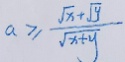
a \geq \frac { \sqrt { x } + \sqrt { y } } { \sqrt { x + y } }